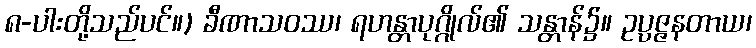
၈-ပါးတို့သည်ပင်။) ခီဏာသဝဿ၊ ရဟန္တာပုဂ္ဂိုလ်၏ သန္တာန်၌။ ဥပ္ပဇ္ဇနတာယ၊